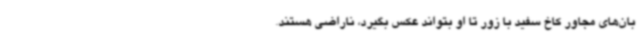
بان‌های مجاور کاخ سفید با زور تا او بتواند عکس بگیرد، ناراضی هستند.